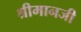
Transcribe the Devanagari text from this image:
श्रीमानजी